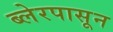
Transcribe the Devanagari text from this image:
ब्लेरपासून